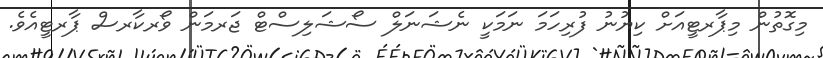
މިގޮތުން މިޕާރޓީއަށް ކިޔުނު ފުރިހަމަ ނަމަކީ ނެޝަނަލް ސޯޝަލިސްޓް ޖަރމަން ވޯރކާރސް ޕާރޓީއެވެ.